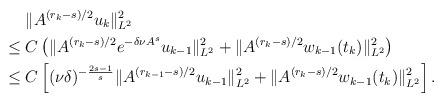
LaTeX: \begin{align*}&\;\|A^{(r_k-s)/2} u_k\|_{L^2}^2\\\leq &\; C\left(\|A^{(r_k-s)/2}e^{-\delta\nu A^s}u_{k-1}\|_{L^2}^2+\|A^{(r_k-s)/2}w_{k-1}(t_k)\|_{L^2}^2\right)\\\leq &\;C\left[(\nu\delta)^{-\frac{2s-1}{s}}\|A^{(r_{k-1}-s)/2}u_{k-1}\|_{L^2}^2+\|A^{(r_k-s)/2}w_{k-1}(t_k)\|_{L^2}^2\right].\end{align*}